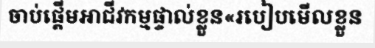
ចាប់ផ្តើមអាជីវកម្មផ្ទាល់ខ្លួន«របៀបមើលខ្លួន